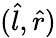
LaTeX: ({\hat{l}},{\hat{r}})